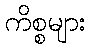
ကိစ္စများ